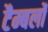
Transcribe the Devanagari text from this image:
टैम्बर्लो